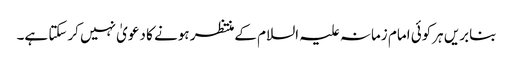
بنابریں ہرکوئی امام زمانہ علیہ السلام کےمنتظر ہونے کا دعویٰ نہیں کرسکتا ہے۔